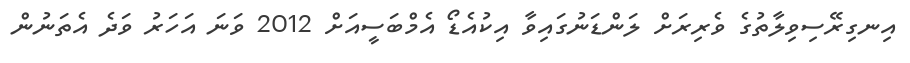
އިނގިރޭސިވިލާތުގެ ވެރިރަށް ލަންޑަނުގައިވާ އިކުއެޑޯ އެމްބަސީއަށް 2012 ވަނަ އަހަރު ވަދެ އެތަނުން